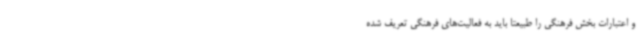
و اعتبارات بخش فرهنگی را طبیعتا باید به فعالیت‌های فرهنگی تعریف شده